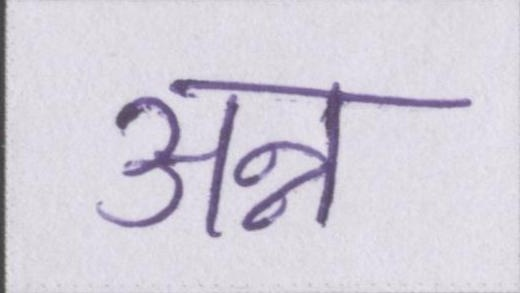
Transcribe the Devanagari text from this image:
अन्न